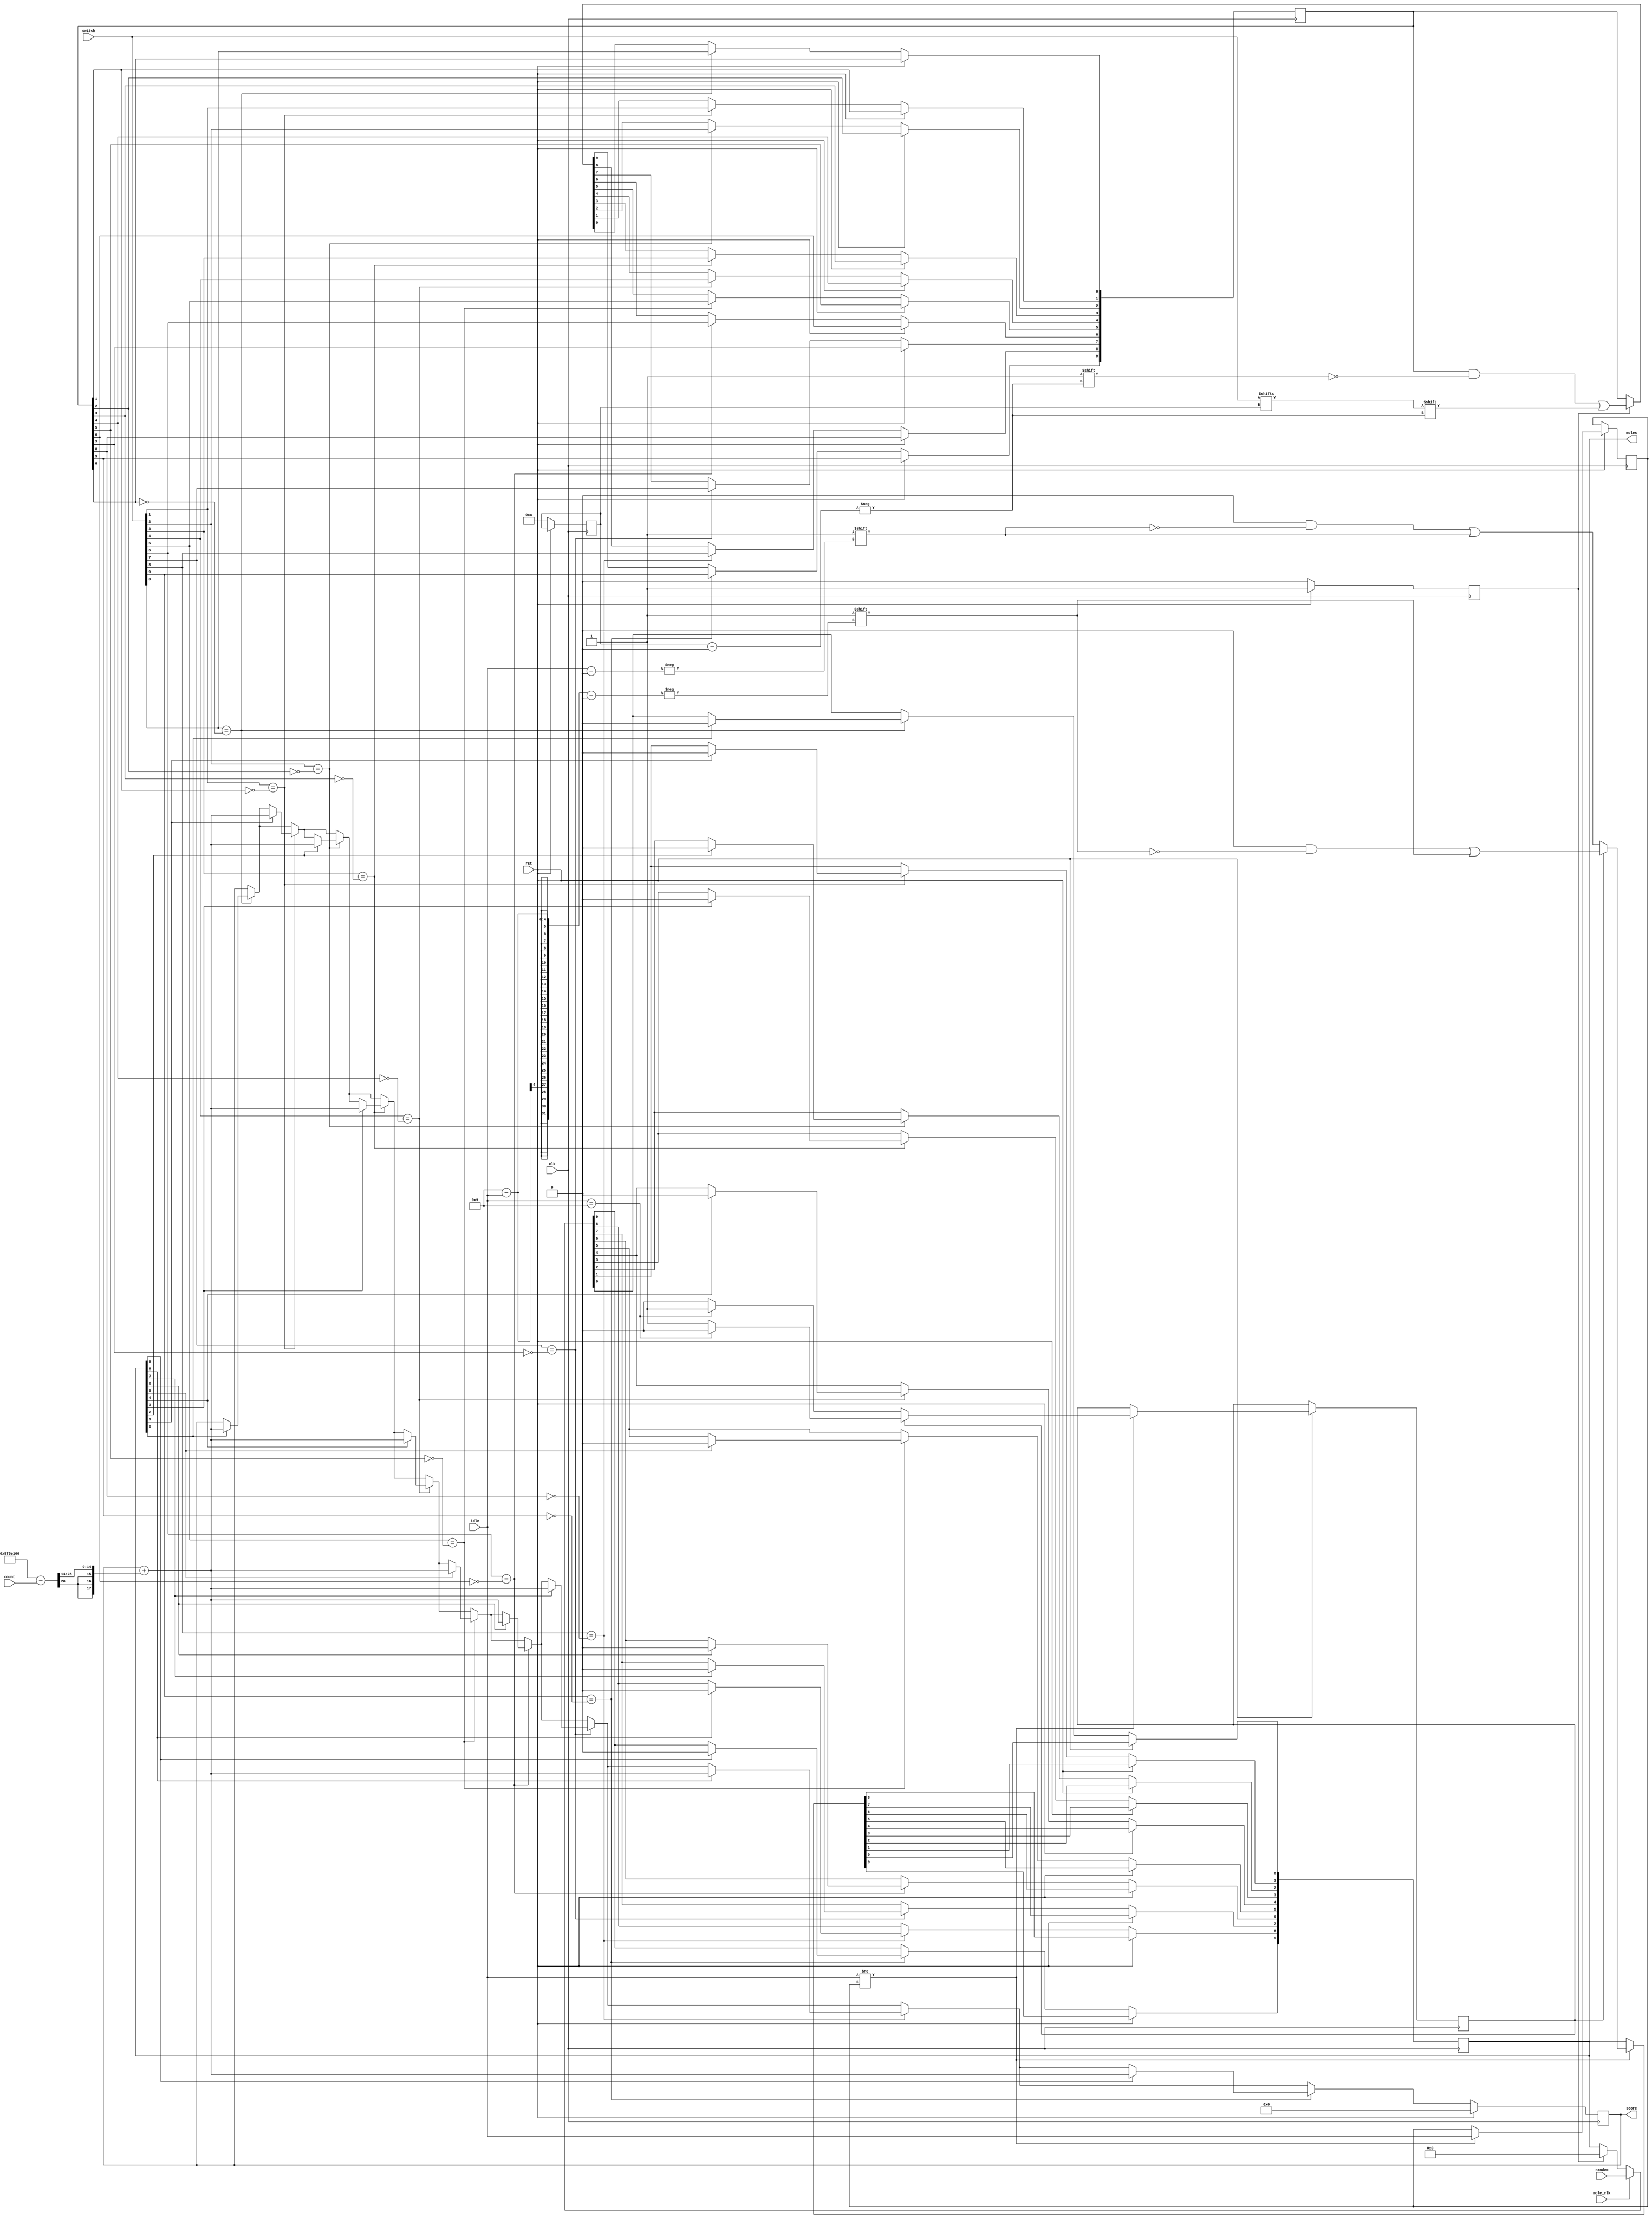
module moles (
	input            clk,
	input            mole_clk,
	input            rst,
	input [3:0]      idle,
	input [27:0]     count, 
	input [9:0]      random, // number from prbs
	input [9:0]      switch,
	output reg [9:0] moles,  // array of 10 led signals
	output reg [23:0] score
);

	reg [9:0] switch_buffer = 0;
	reg [3:0] last_idle = 0;
	reg reverse = 0;
	reg start = 0;
	integer i;
   
	always @(posedge clk) begin
		if (rst == 1) begin
			//moles <= switch; // this could help the user reset the switches, but it actually doesn't matter
			// cool idle animation
			if(idle != last_idle) begin
				last_idle <= idle;
				moles <= 0;
				if(reverse == 0) begin
					if(idle == 9) begin reverse <= 1; end
					moles[idle] <= 1;
				end else begin
					if(idle == 9) begin reverse <= 0; end
					moles[9-idle] <= 1;
				end
			end
			start <= 1; // reset start
			score <= 0; // reset score
		end else begin
			if(start) begin
				moles <= 0;
				start <= 0;
				switch_buffer[i] <= switch[i]; // init switch buffer
			end
			if (mole_clk == 1) begin // change moles on clk unless reset
				moles <= random;
			end

			// take switch input unless reset
			for(i = 0; i < 10; i = i + 1) begin
				if (switch[i] == ~switch_buffer[i]) begin
					if(moles[i] == 1) begin
						moles[i] <= 0;
						score <= score + ((100000000 - count) >> 14); // get scoring from count, left shift to reduce score size
					end 
					switch_buffer[i] <= switch[i]; // update switch buffer
				end
			end
		end
	end
endmodule